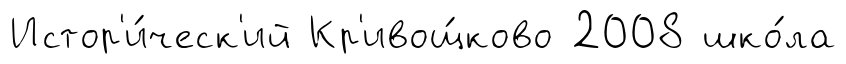
Истор'и́ческ'ий Кр'ивощ́ково 2008 шко́ла